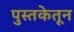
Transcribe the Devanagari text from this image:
पुस्तकेतून